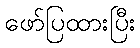
ဖော်ပြထားပြီး